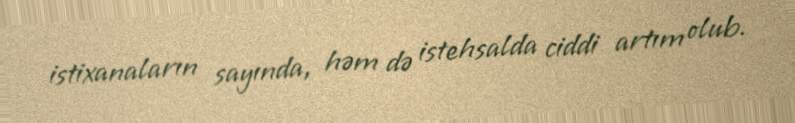
istixanaların sayında, həm də istehsalda ciddi artım olub.